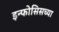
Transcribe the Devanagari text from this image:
इन्फोसिसच्या